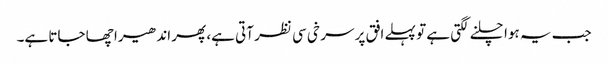
جب یہ ہوا چلنے لگتی ہے تو پہلے افق پر سر خی سی نظر آتی ہے، پھر اندھیرا چھا جاتا ہے۔